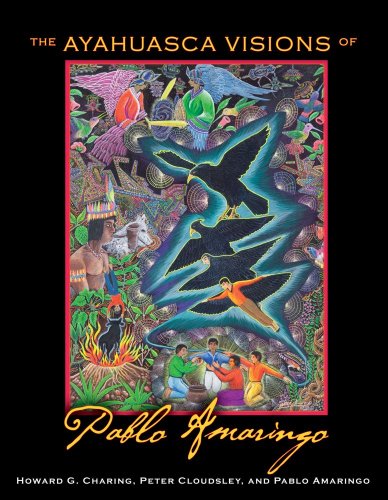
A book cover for The Ayahuasca Visions of Pablo Amaringo; Howard G. Charing; Religion & Spirituality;